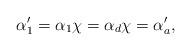
LaTeX: \begin{align*}\alpha_1'= \alpha_1\chi = \alpha_d \chi = \alpha_a',\end{align*}